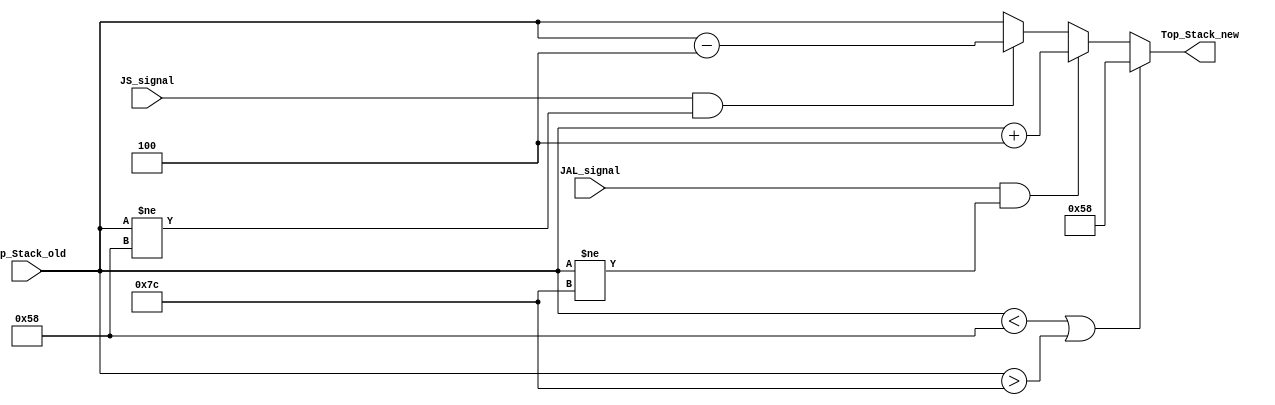
module Stack_Memory(JAL_signal,JS_signal,Top_Stack_old,Top_Stack_new);

input JAL_signal,JS_signal; // to indicate if the instruction is JAL or JS

input [31:0] Top_Stack_old ;

output reg [31:0] Top_Stack_new ;


//*****size of stack********
// First entry in address Entry(22) : 88 32'h00000058
// last entry in address Entry(31) : 124 32'h0000007C
//**********************************************************


always@(*)
 begin
	
//

// check if the stack pointer is in allowed range otherwise I assign the fist index to him (its to avoid initial begin )
   if( Top_Stack_old < 32'h00000058  || Top_Stack_old > 32'h0000007C )
		begin  Top_Stack_new <= 32'h00000058; end
		

   else 
		
	begin

		
// JAL PUSH Operation		
   
	
 
		if(JAL_signal == 1'b1 && Top_Stack_old != 32'h0000007C ) // check if the stack full
			
			begin
			
				Top_Stack_new <= Top_Stack_old+4;
				
			
			end
			
// JS POP Operation 
		else if(JS_signal == 1'b1 && Top_Stack_old != 32'h00000058 ) // check if the stack empty
			
			begin
				
				
				Top_Stack_new <= Top_Stack_old-4;
				
			
			end
			
		else 
		
		 begin
			
			Top_Stack_new <= Top_Stack_old;
				
		 
		 end
 
 
 
 
	end
 
 end 
 
 
 
 endmodule